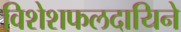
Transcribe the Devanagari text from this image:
विशेशफलदायिने